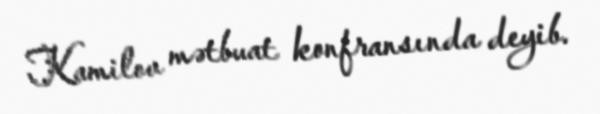
Kamilov mətbuat konfransında deyib.